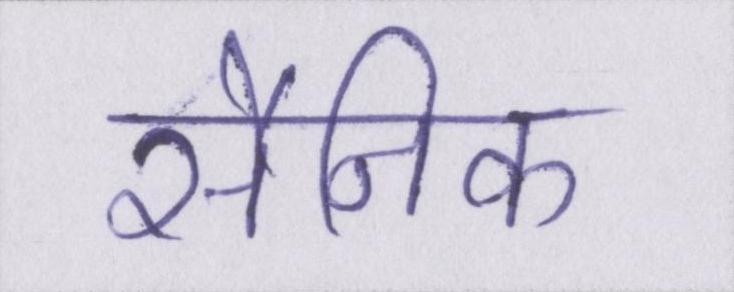
सैनिक